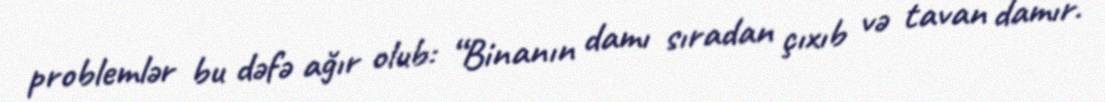
problemlər bu dəfə ağır olub: “Binanın damı sıradan çıxıb və tavan damır.